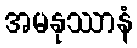
အမနုဿာနံ